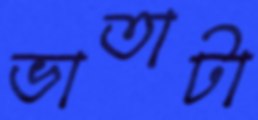
ভাতাটা